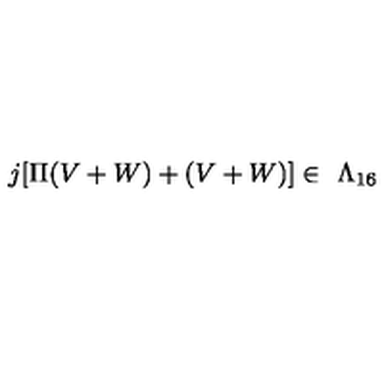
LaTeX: j [ \Pi ( V + W ) + ( V + W ) ] \in \ \Lambda _ { 1 6 }